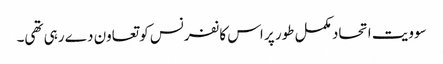
سوویت اتحاد مکمل طور پر اس کانفرنس کو تعاون دے رہی تھی۔